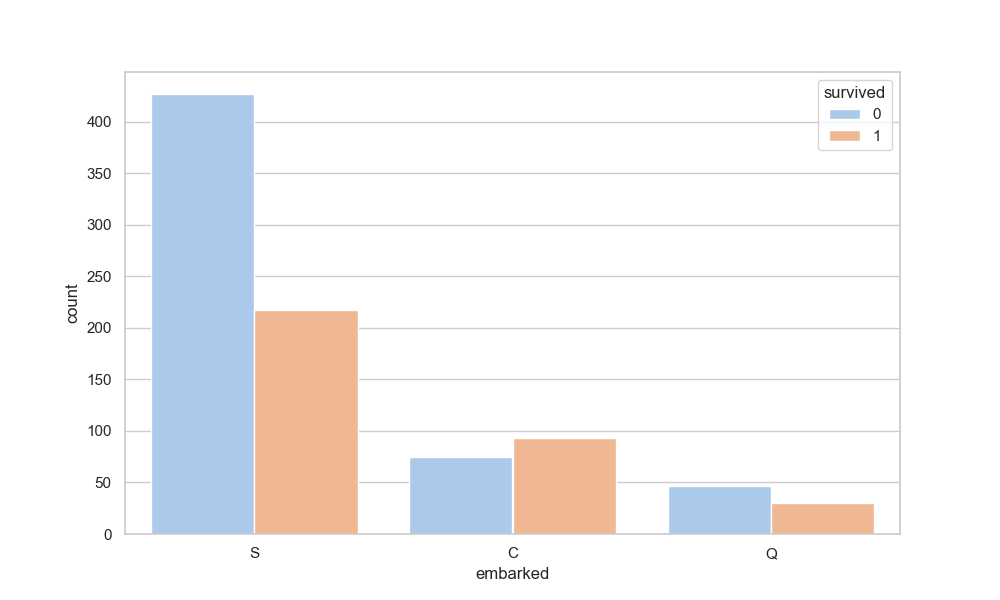
python, seaborn, countplot, x='embarked', palette='pastel', hue='survived'